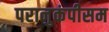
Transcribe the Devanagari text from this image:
परानुकंपीसम